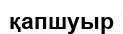
қапшуыр